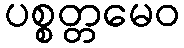
ပစ္စတ္တမေဝ